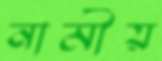
নামীয়